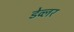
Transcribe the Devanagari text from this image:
डेव्लर